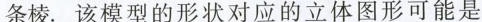
条棱.该模型的形状对应的立体图形可能是